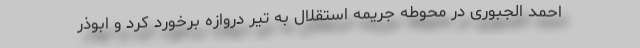
احمد الجبوری در محوطه جریمه استقلال به تیر دروازه برخورد کرد و ابوذر